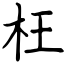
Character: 枉